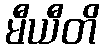
မီယီတိ